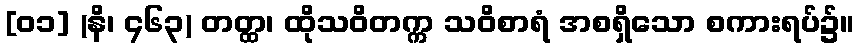
[၀၁] (နိ၊ ၄၆၃) တတ္ထ၊ ထိုသဝိတက္က သဝိစာရံ အစရှိသော စကားရပ်၌။